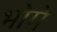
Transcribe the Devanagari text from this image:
भोमे